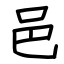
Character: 邑